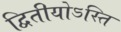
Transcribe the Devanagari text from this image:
द्वितीयोऽस्ति